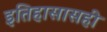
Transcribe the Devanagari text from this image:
इतिहासासही